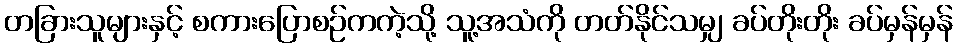
တခြားသူများနှင့် စကားပြောစဉ်ကကဲ့သို့ သူ့အသံကို တတ်နိုင်သမျှ ခပ်တိုးတိုး ခပ်မှန်မှန်